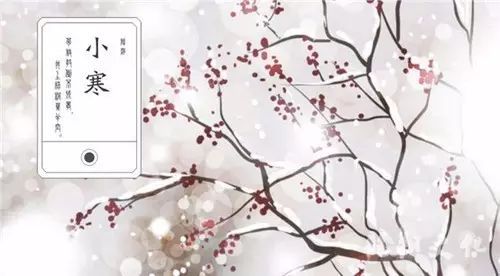
思归未可得，书此谢情人。